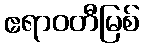
ဧရာဝတီမြစ်